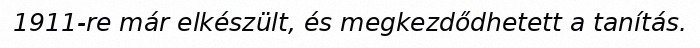
1911-re már elkészült, és megkezdődhetett a tanítás.